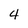
Character: 4